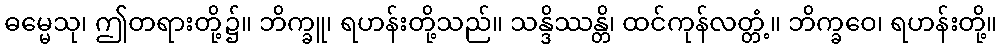
ဓမ္မေသု၊ ဤတရားတို့၌။ ဘိက္ခူ၊ ရဟန်းတို့သည်။ သန္ဒိဿန္တိ၊ ထင်ကုန်လတ္တံ့။ ဘိက္ခဝေ၊ ရဟန်းတို့။